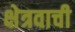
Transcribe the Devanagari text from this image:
क्षेत्रवाची